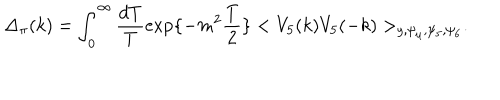
LaTeX: \Delta _ { \pi } ( k ) = \int _ { 0 } ^ { \infty } \frac { d T } { T } \exp \{ - m ^ { 2 } \frac { T } { 2 } \} < V _ { 5 } ( k ) V _ { 5 } ( - k ) > _ { y , \psi _ { \mu } , \psi _ { 5 } , \psi _ { 6 } } .